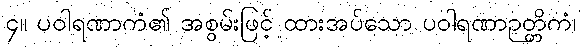
၄။ ပဝါရဏာကံ၏ အစွမ်းဖြင့် ထားအပ်သော ပဝါရဏာဉတ္တိကံ၊